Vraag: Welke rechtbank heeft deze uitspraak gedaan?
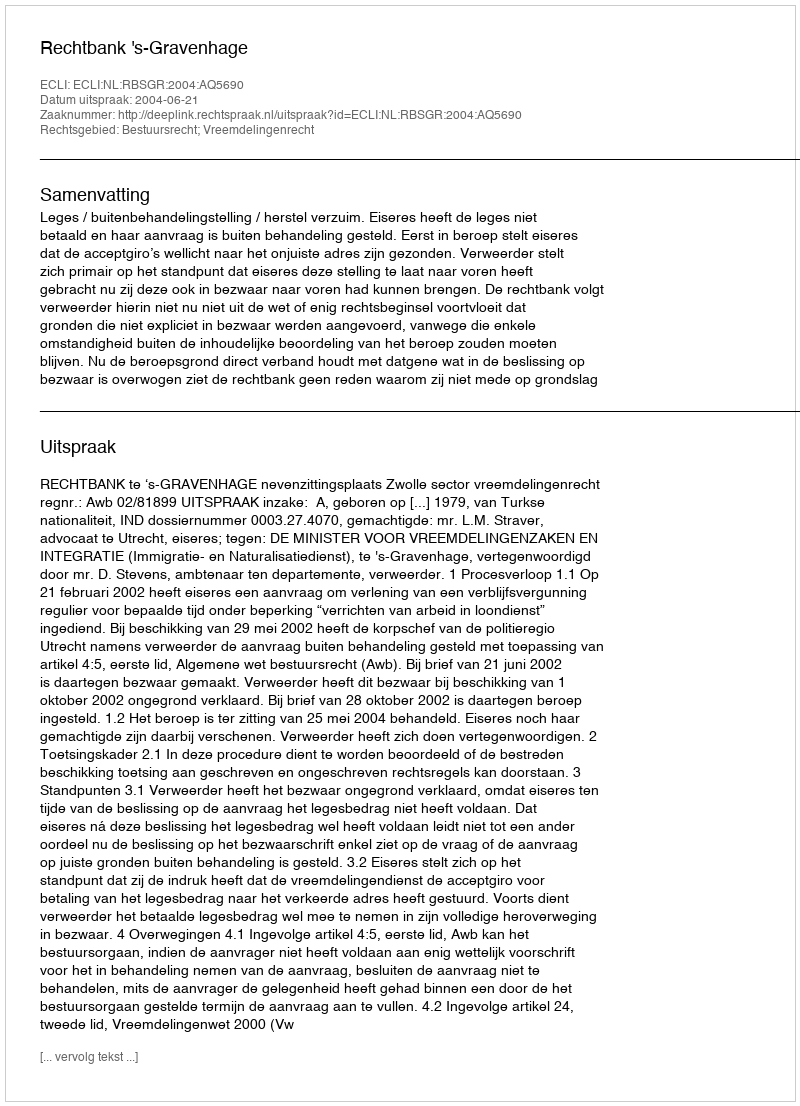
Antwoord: Rechtbank 's-Gravenhage